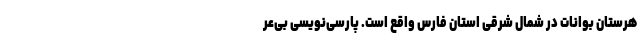
هرستان بوانات در شمال شرقی استان فارس واقع است. پارسی‌نویسی بی‌عر